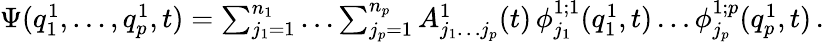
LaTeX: \begin{array}{r}{\Psi(q_{1}^{1},\ldots,q_{p}^{1},t)=\sum_{j_{1}=1}^{n_{1}}\ldots\sum_{j_{p}=1}^{n_{p}}A_{j_{1}\ldots j_{p}}^{1}(t)\, \phi_{j_{1}}^{1;1}(q_{1}^{1},t)\ldots\phi_{j_{p}}^{1;p}(q_{p}^{1},t)\, .}\end{array}